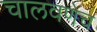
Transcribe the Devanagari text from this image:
चालवणेच